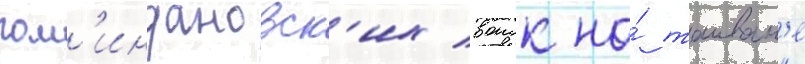
гом'индановск'их воиск на́ таиван'е